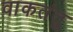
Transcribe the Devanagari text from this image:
वाकतंतु